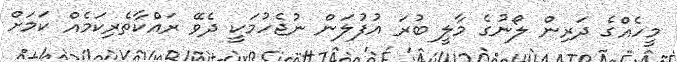
މީހެއްގެ ދަރިން ލޯނުގެ މާލީ ބުރަ އުފުލަން ނުޖެހުމަކީ ދެވޭ ރައްކާތެރިކަަމެއް ކަމަށް